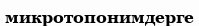
микротопонимдерге